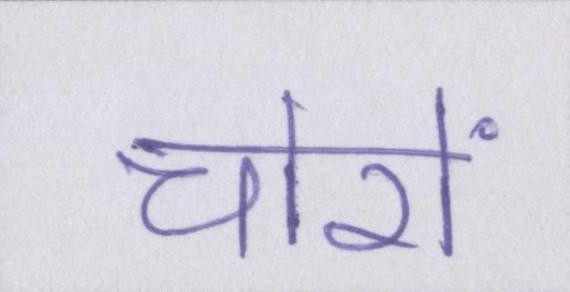
चोरों